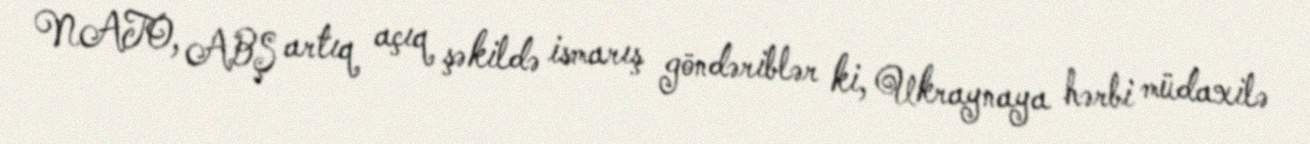
NATO, ABŞ artıq açıq şəkildə ismarış göndəriblər ki, Ukraynaya hərbi müdaxilə